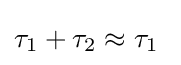
\tau _{1}+\tau _{2}\approx \tau _{1}\